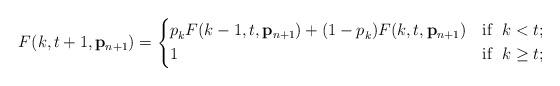
LaTeX: \begin{align*}F(k,t+1,\mathbf{p}_{n+1}) = \begin{dcases}p_{k}^{} F(k-1,t,\mathbf{p}_{n+1}) + (1 - p_{k}^{}) F(k,t,\mathbf{p}_{n+1}) & \textnormal{if } \; k < t; \\1 & \textnormal{if } \; k \ge t; \end{dcases}\end{align*}